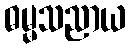
ဓမ္မသညာယ